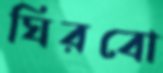
ঘিরবো